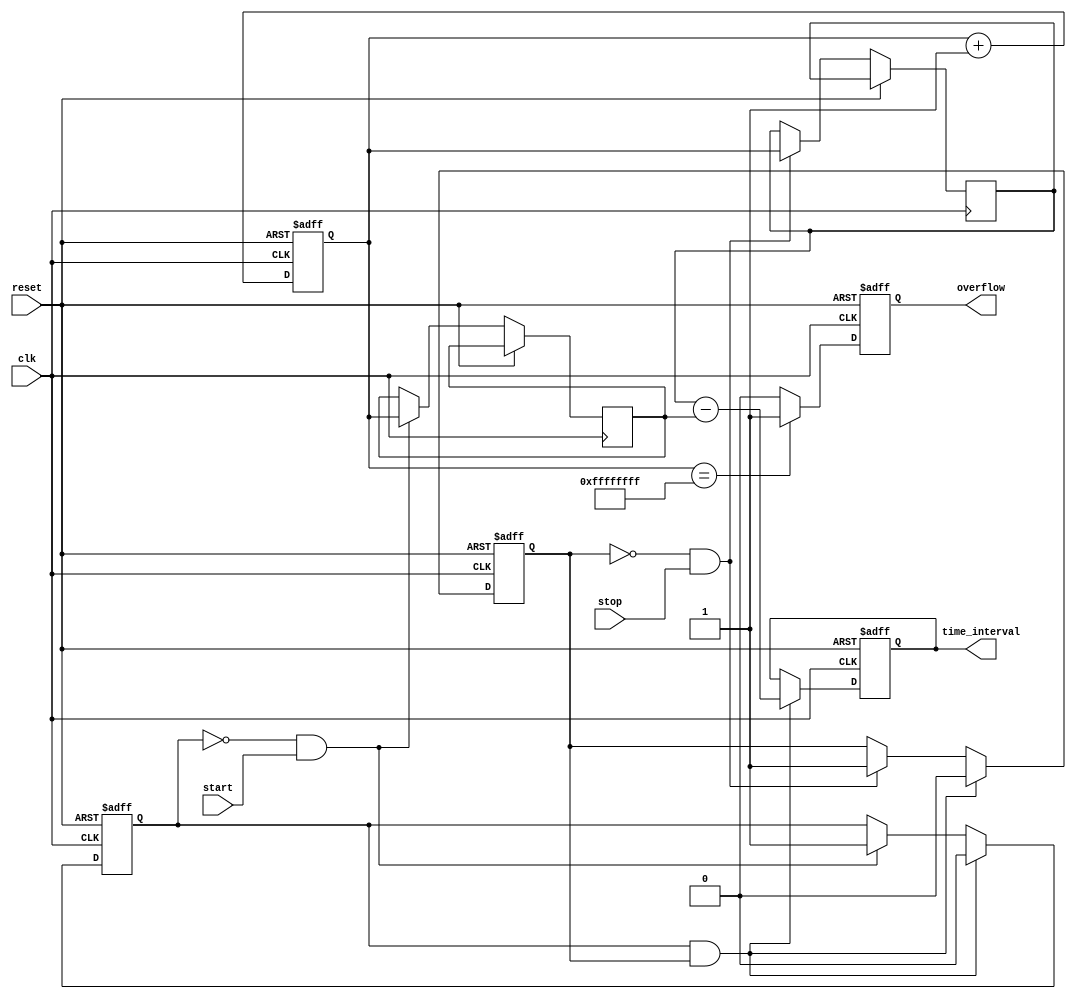
module TDC (
    input wire clk,          // High-frequency clock input
    input wire reset,        // Reset signal to clear counter and output
    input wire start,        // Start event signal
    input wire stop,         // Stop event signal
    output reg [31:0] time_interval, // Output time interval in digital format
    output reg overflow       // Overflow indicator
);
    reg [31:0] counter;      // Binary counter
    reg [31:0] start_time;   // Time captured at start event
    reg [31:0] stop_time;    // Time captured at stop event
    reg start_flag;          // Flag to indicate start event captured
    reg stop_flag;           // Flag to indicate stop event captured

    initial begin
        counter = 32'b0;
        time_interval = 32'b0;
        overflow = 1'b0;
        start_flag = 1'b0;
        stop_flag = 1'b0;
    end

    // Counter logic
    always @(posedge clk or posedge reset) begin
        if (reset) begin
            counter <= 32'b0;
            time_interval <= 32'b0;
            overflow <= 1'b0;
            start_flag <= 1'b0;
            stop_flag <= 1'b0;
        end else begin
            // Increment the counter on each clock cycle
            if (!start_flag && start) begin
                start_time <= counter; // Capture start time
                start_flag <= 1'b1;     // Set start flag
            end
            
            if (!stop_flag && stop) begin
                stop_time <= counter;   // Capture stop time
                stop_flag <= 1'b1;      // Set stop flag
            end
            
            if (start_flag && stop_flag) begin
                // Calculate the time interval
                time_interval <= stop_time - start_time;
                // Reset flags for next measurement
                start_flag <= 1'b0;
                stop_flag <= 1'b0;
            end
            
            // Check for overflow
            if (counter == 32'hFFFFFFFF) begin
                overflow <= 1'b1; // Set overflow if counter maxes out
            end else begin
                overflow <= 1'b0;
            end
            
            // Increment counter
            counter <= counter + 1;
        end
    end

endmodule